Civil Veterinary Department Bihar reports 1940-50 - 1940-1950
Year: 1940
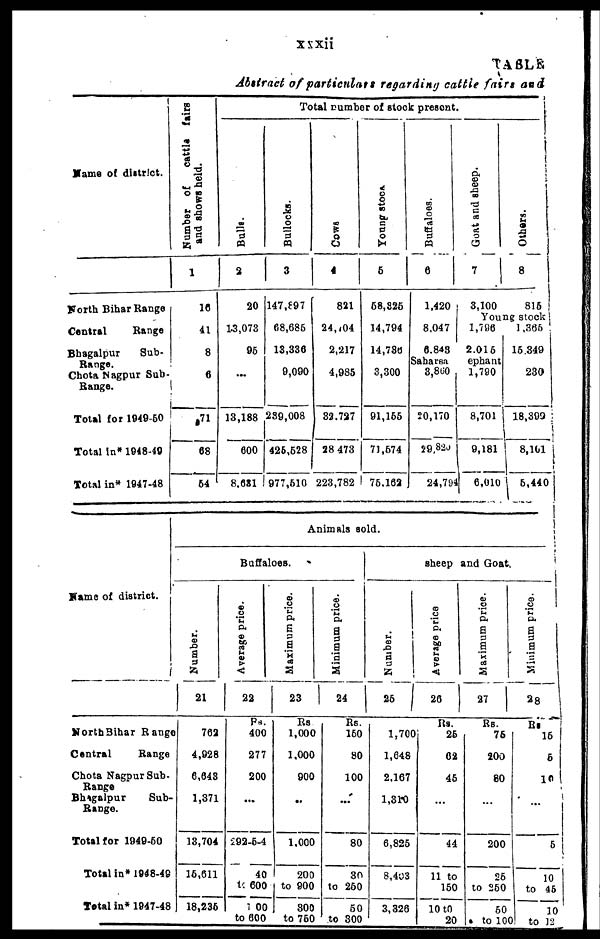
xxxii
TABLE
Abstract of particulars regarding cattle fairs and
Name of district.
Forth Bihar Range
Central
Range
Bhagalpur
Sub-
Chota Nagpur Sub-
Range.
Total for 1949-50
Total in* 1948-49
Total in* 1947-48
Number of
cattla fairs
and shows held.
1
10
41
8
6
71
68
64
Total number of stock present.
Bulls.
2
20
13,073
95
...
13,188
600
8.681
Bullocks.
3
147,897
68,685
13,336
9,090
239,008
426,528
977,510
Cowa
4
821
24,104
2,217
4,985
32,727
28 473
223,782
Young stock
5
58,825
14,794
14,736
3,300
91,155
71,574
75,162
Buffaloes.
6
1,420
8.047
6,843
Saharsa
3,800
20,170
29,820
24,79
Goat and sheep.
7
3,100
1,706
2,015
ephant
1,790
8,701
9,181
6,010
Others.
8
815
Young stock
1,365
16.349
230
18,399
8,161
1 5,440
Name of district.
North Bihar Range
Central
Range
Chota Nagpur Sub-
Range
Bhagalpur
Sub-
Range.
Total for 1949-50
Total in* 1948-49
Total in* 1947-48
Animals sold.
Buffaloes.
Number.
21
762
4,928
6,643
1,371
13,704
16,611
18,236
Average price.
22
Rs.
400
277
200
...
292-5-4
40
to 600
100
to 600
Maximum price.
23
Rs
1,000
1,000
900
...
1,000
200
to 900
300
to 760
Minimum price.
24
Rs.
150
80
100
...
80
30
to 260
50
to 300
sheep and Goat.
Number.
25
1,700
1,648
2.167
1,310
6,825
8,403
3,326
Average price
26
Rs.
26
62
45
...
44
11 to
150
10 t0
20
Maximum price.
27
Rs.
76
200
80
...
200
25
to 250
50
to 10(
Minimum price.
Rs
16
6
10
...
5
10
to 46
10
to 12